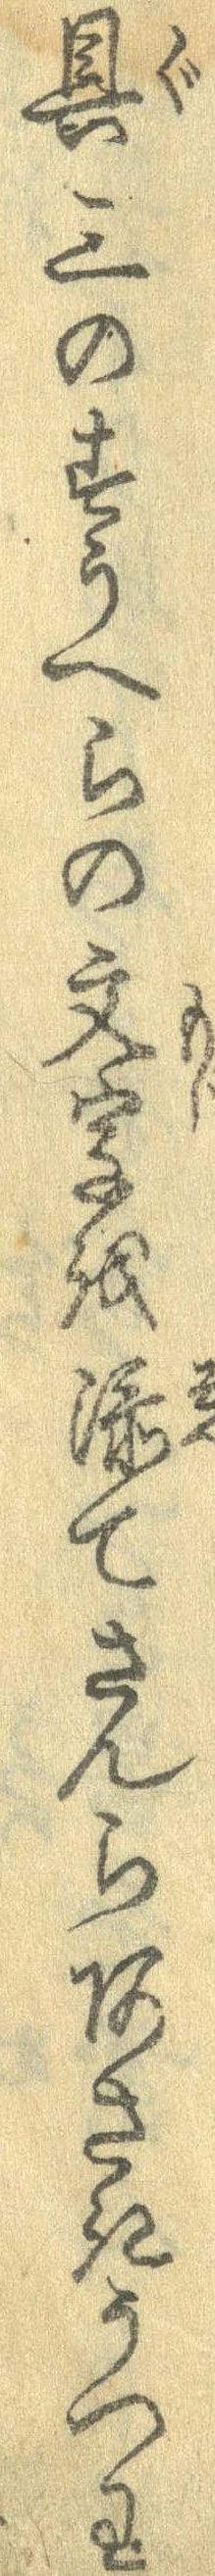
具三のすうへらの文字を添てさんらあさきうつわ